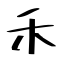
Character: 禾